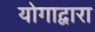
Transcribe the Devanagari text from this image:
योगाद्वारा